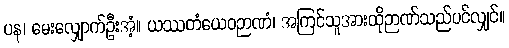
ပန၊ မေးလျှောက်ဦးအံ့။ ယဿတံယေဝဉာဏံ၊ အကြင်သူအားထိုဉာဏ်သည်ပင်လျှင်။